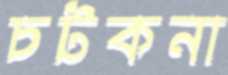
চটকনা